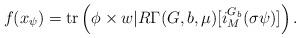
LaTeX: \begin{align*}f(x_{\psi})=\mathrm{tr}\left(\phi\times w| R\Gamma(G,b,\mu)[i_{M}^{G_{b}}(\sigma\psi)]\right).\end{align*}